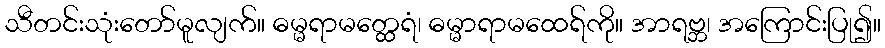
သီတင်းသုံးတော်မူလျက်။ ဓမ္မရာမတ္ထေရံ၊ ဓမ္မာရာမထေရ်ကို။ အာရဗ္ဘ၊ အကြောင်းပြု၍။